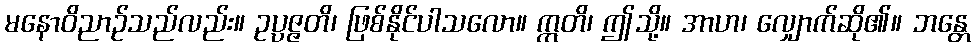
မနောဝိညာဉ်သည်လည်း။ ဥပ္ပဇ္ဇတိ၊ ဖြစ်နိုင်ပါသလော။ ဣတိ၊ ဤသို့။ အာဟ၊ လျှောက်ဆို၏။ ဘန္တေ